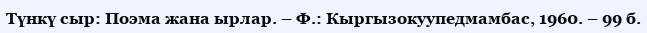
Түнкү сыр: Поэма жана ырлар. – Ф.: Кыргызокуупедмамбас, 1960. – 99 б.